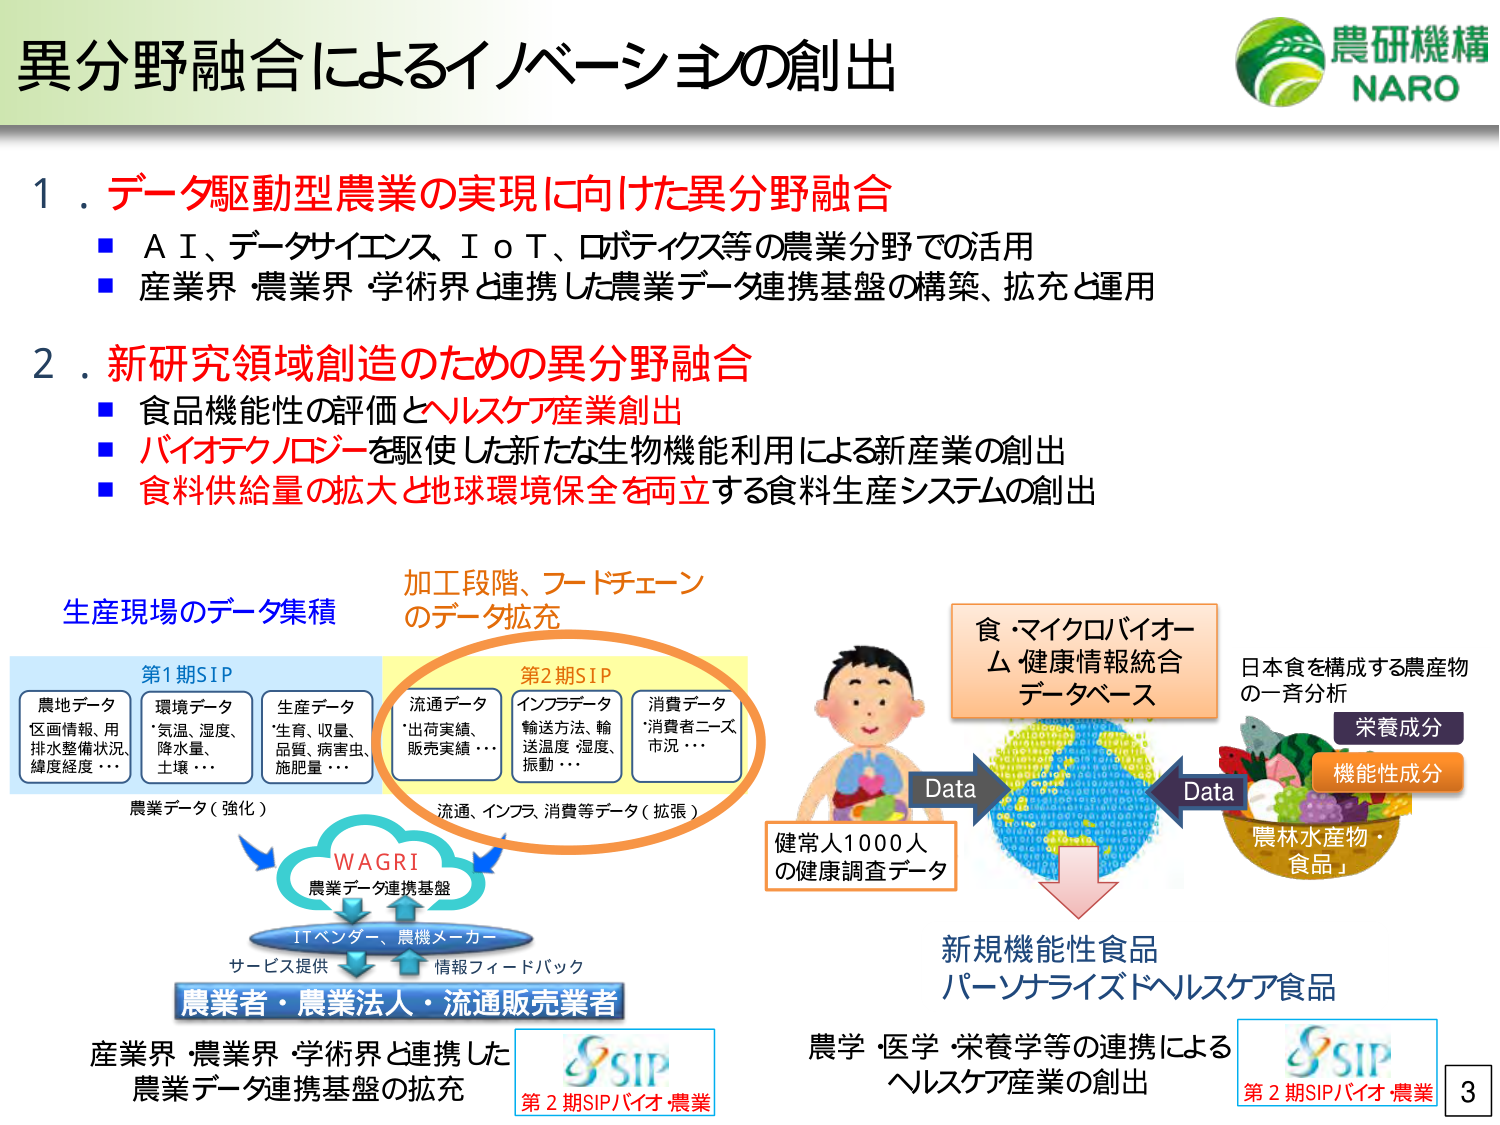
異分野融合によるイノベーションの創出

農研機構
NARO

1. データ駆動型農業の実現に向けた異分野融合
■ A I、データサイエンス、I o T、ロボティクス等の農業分野での活用
■ 産業界・農業界・学術界と連携した農業データ連携基盤の構築、拡充と運用

2. 新研究領域創造のための異分野融合
■ 食品機能性の評価とヘルスケア産業創出
■ バイオテクノロジーを駆使した新たな生物機能利用による新産業の創出
■ 食料供給量の拡大と地球環境保全を両立する食料生産システムの創出

生産現場のデータ集積
第1期SIP
農地データ
区画情報、用排水整備状況、緯度経度…
環境データ
*気温、湿度、降水量、土壌…
生産データ
*生育、収量、品質、病害虫、施肥量…

農業データ（強化）

加工段階、フードチェーンのデータ拡充
第2期SIP
流通データ
*出荷実績、販売実績…
インフラデータ
輸送方法、輸送温度・湿度、振動…
消費データ
*消費者ニーズ、市況…

流通、インフラ、消費等データ（拡張）

WAGRI
農業データ連携基盤

ITベンダー、農機メーカー
サービス提供 ←→ 情報フィードバック
農業者・農業法人・流通販売業者

産業界・農業界・学術界と連携した
農業データ連携基盤の拡充

第2期SIPバイオ・農業

食・マイクロバイオーム健康情報統合データベース

健常人1000人の健康調査データ

Data → ← Data

日本食を構成する農産物の一斉分析
栄養成分
機能性成分
農林水産物・食品」

新規機能性食品
パーソナライズドヘルスケア食品

農学・医学・栄養学等の連携による
ヘルスケア産業の創出

第2期SIPバイオ・農業

3